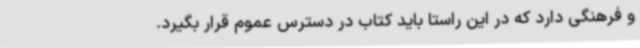
و فرهنگی دارد که در این راستا باید کتاب در دسترس عموم قرار بگیرد.